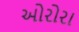
ઓરોરા